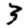
Digit: 3